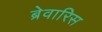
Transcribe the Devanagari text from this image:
ब्रेवारिस